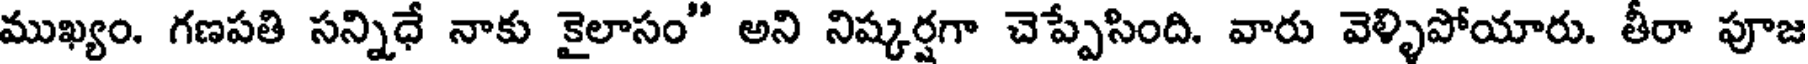
ముఖ్యం. గణపతి సన్నిధే నాకు కైలాసం" అని నిష్కర్షగా చెప్పేసింది. వారు వెళ్ళిపోయారు. తీరా పూజ